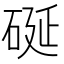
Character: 硟